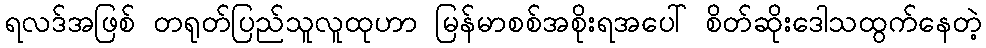
ရလဒ်အဖြစ် တရုတ်ပြည်သူလူထုဟာ မြန်မာစစ်အစိုးရအပေါ် စိတ်ဆိုးဒေါသထွက်နေတဲ့